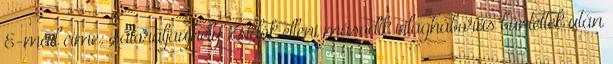
E-mail címe: Sátoraljaújhely Zsidók elleni második világháborús bűntettek után